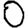
Digit: 0